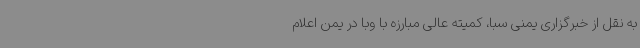
به نقل از خبرگزاری یمنی سبا، کمیته عالی مبارزه با وبا در یمن اعلام